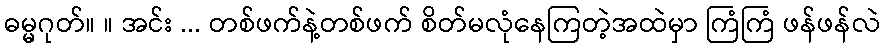
ဓမ္မဂုတ်။ ။ အင်း ... တစ်ဖက်နဲ့တစ်ဖက် စိတ်မလုံနေကြတဲ့အထဲမှာ ကြံကြံ ဖန်ဖန်လဲ